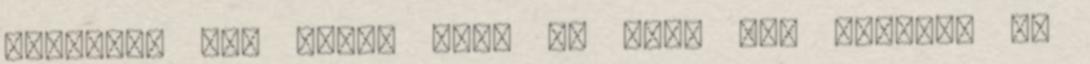
esélyünk van arra, hogy az évet jól zárjuk, de